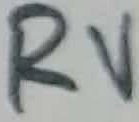
Text: RV